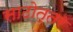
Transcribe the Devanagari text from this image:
साठोत्तर